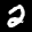
Label: 2